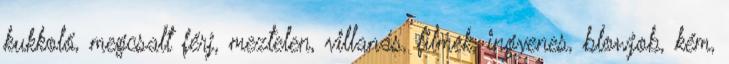
kukkoló, megcsalt férj, meztelen, villanás, filmek, ingyenes, blowjob, kém,